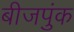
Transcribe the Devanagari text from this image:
बीजपुंक